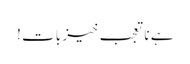
ہے نا تعجب خیز بات !